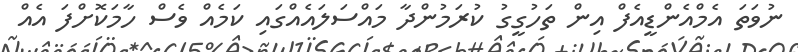
ނުވަތަ އެމްއެންޑީއެފް އިން ތަހުގީގު ކުރަމުންދާ މައްސަލައެއްގައި ކަމެއް ވެސް ހާމަކޮށްފަ އެއް